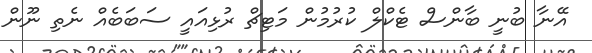
އޭނާ ބުނީ ބާންސް ޓެކްލް ކުރުމުން މަޓިޗް ރުޅިއައީ ސަބަބެއް ނެތި ނޫން